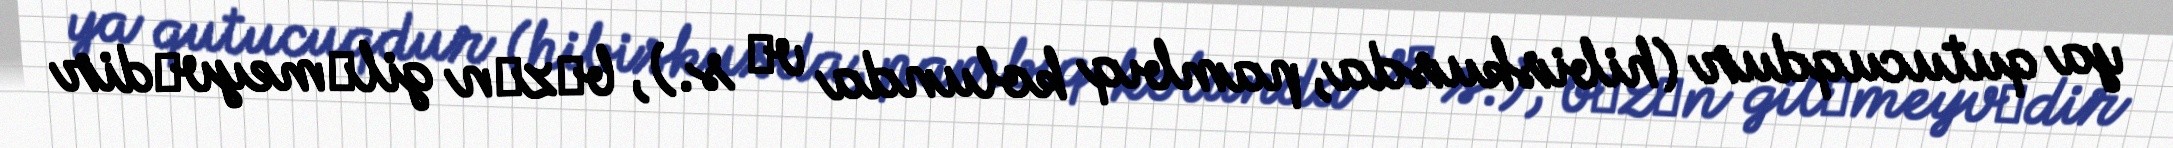
ya qutucuqdur (hibiskusda, pambıq kolunda vә s.), bәzәn gilәmeyvәdir